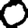
Digit: 0